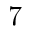
7